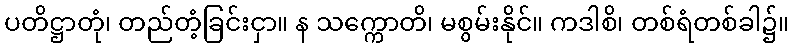
ပတိဋ္ဌာတုံ၊ တည်တံ့ခြင်းငှာ။ န သက္ကောတိ၊ မစွမ်းနိုင်။ ကဒါစိ၊ တစ်ရံတစ်ခါ၌။